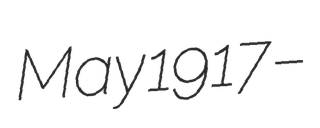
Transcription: May 1917 –